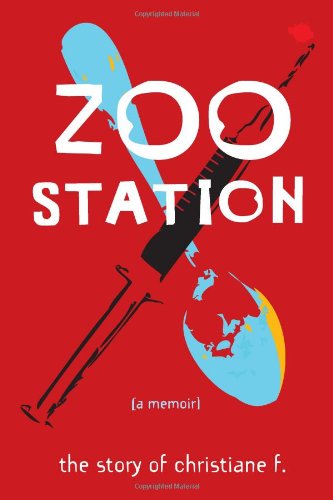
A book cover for Zoo Station: The Story of Christiane F. (True Stories); Christiane F; Teen & Young Adult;